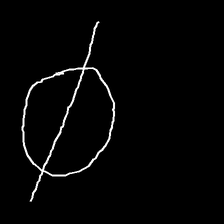
Glyph: orb